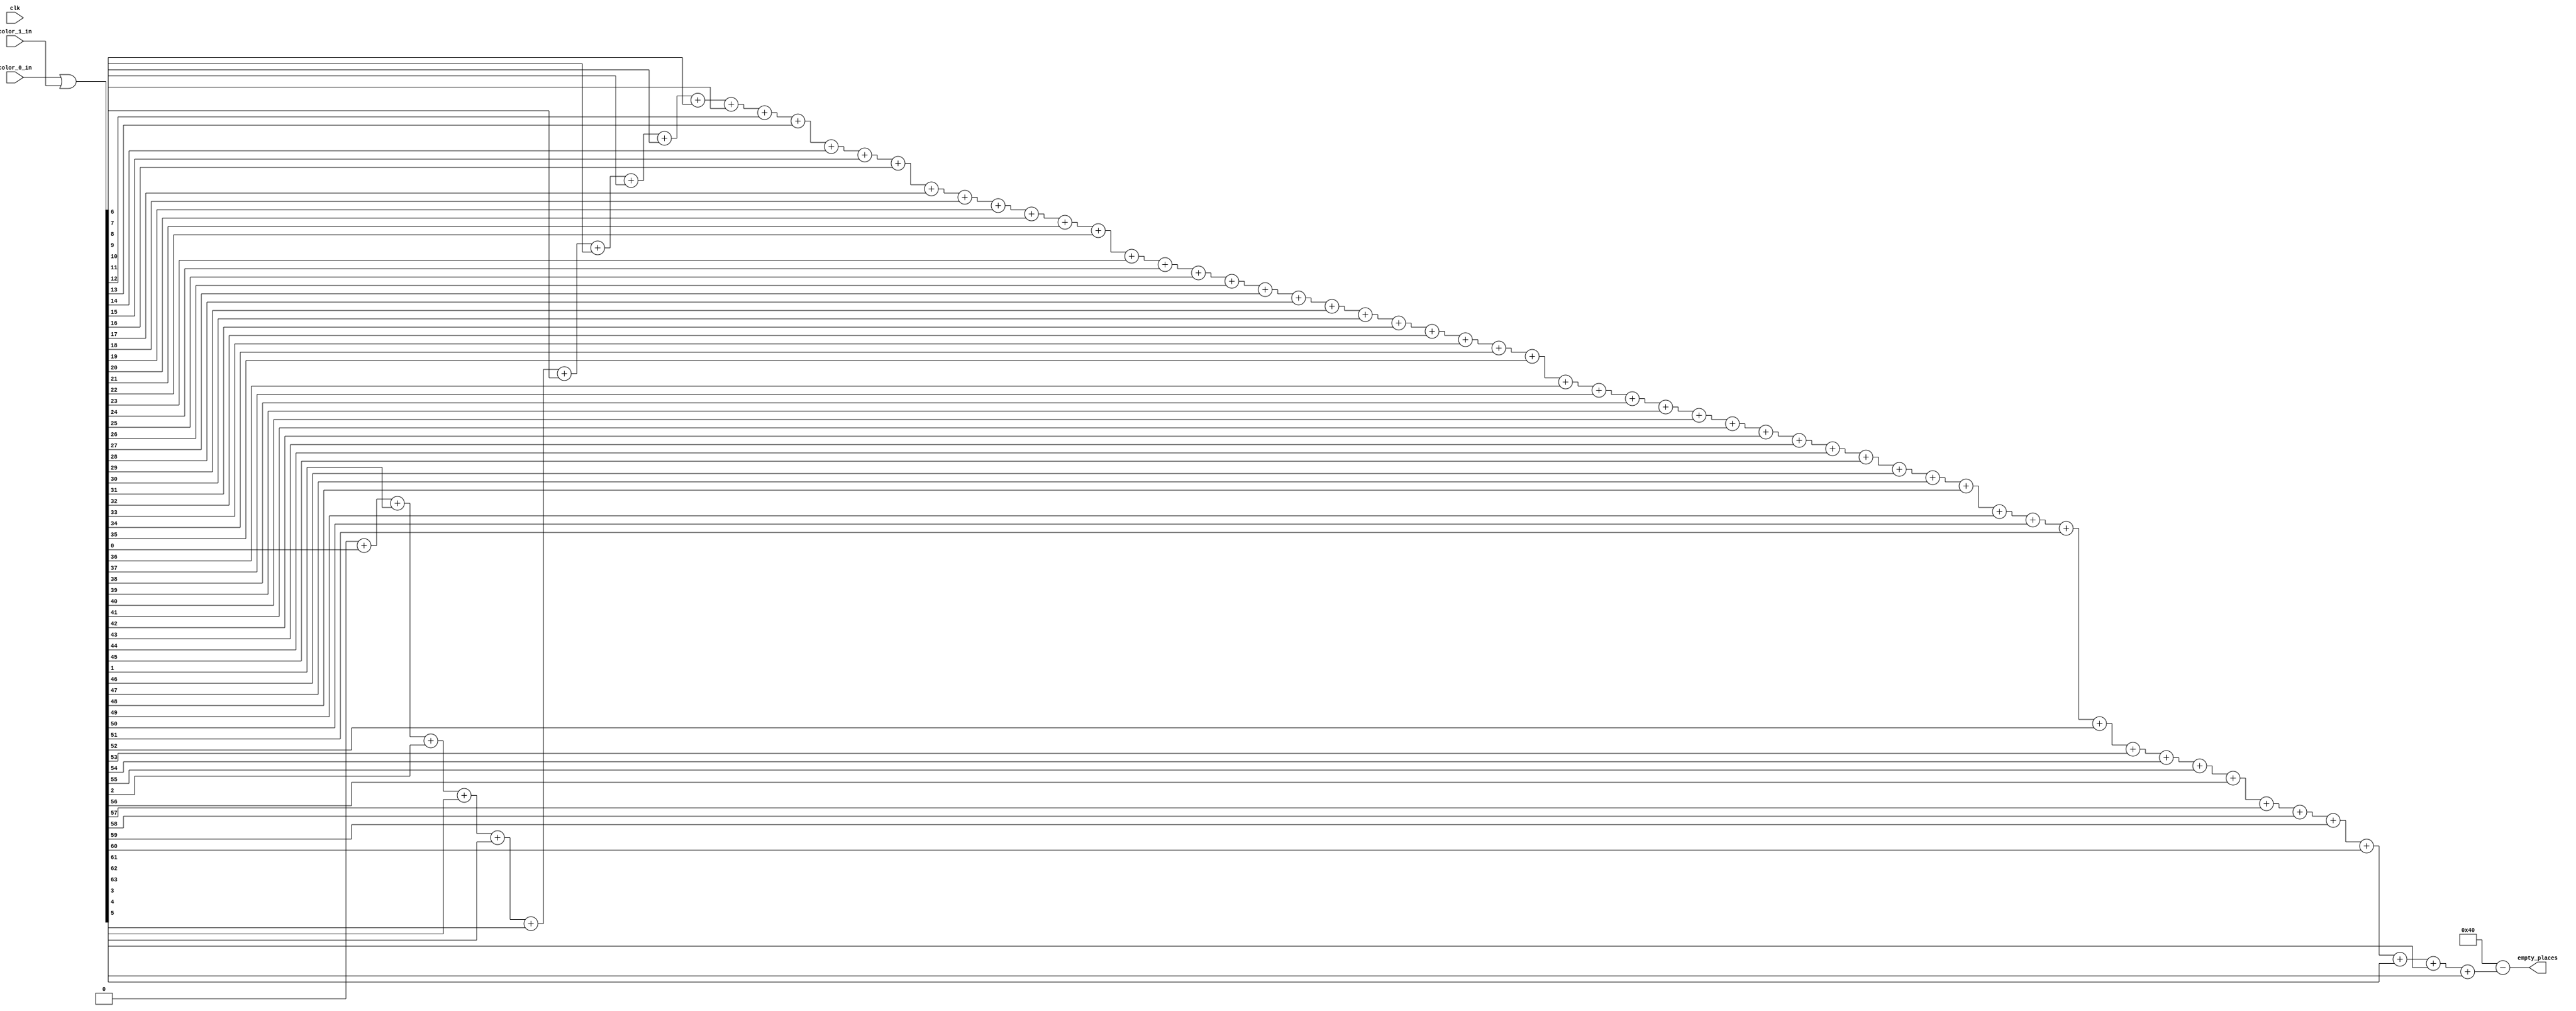
`timescale 1ns / 1ps
//////////////////////////////////////////////////////////////////////////////////
// Company: 
// Engineer: 
// 
// Design Name: 
// Module Name: count_empty
// Project Name: 
// Target Devices: 
// Tool Versions: 
// Description: 
// 
// Dependencies: 
// 
// Revision:
// Revision 0.01 - File Created
// Additional Comments:
// 
//////////////////////////////////////////////////////////////////////////////////


module count_empty(
    input wire clk,
    input wire [63:0] color_0_in, color_1_in,
    output reg [6:0] empty_places
    );
    reg [6:0] count_ones;
    reg [63:0] ball_reg;
    integer idx;
    
//    always @(clk) begin
//            empty_places <= 'd63 - count_ones;
//            //count_ones <= count_ones_nxt;
//        end
    
    always @* begin
        ball_reg = color_0_in | color_1_in;
        count_ones=0;
        for(idx=0; idx<=63; idx=idx+1) begin 
        count_ones = count_ones + ball_reg[idx];
        end  
        empty_places = 'd64 - count_ones;     
    end
      
    
endmodule